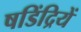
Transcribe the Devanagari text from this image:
षडिंद्रियें